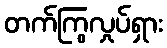
တက်ကြွလှုပ်ရှား